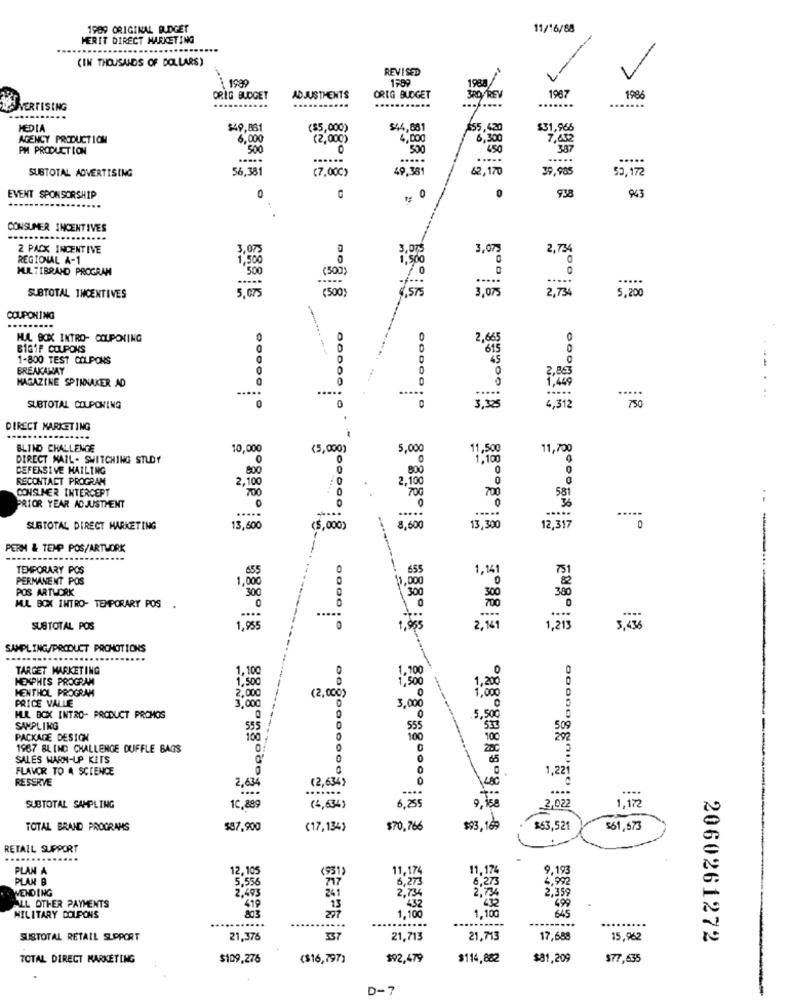
1989 ORIGINAL BUDGET
11/16/88
MERIT DIRECT MARKETING
(IN THOUSANDS OF DOLLARS)
REVISED
1989
1599
1988
ORIG BUDGET
ADJUSTMENTS
ORIG BUDGET
3RD REV
.......
1987
1986
VERTISING
MEDIA
$49,881
($5,000)
$44,881
$55,420
$31,966
AGENCY PRODUCTION
6,000
(2,000)
4,000
6,300
7,652
PM PRODUCTION
500
500
387
.....
.....
.....
SUBTOTAL ADVERTISING
56,381
(7.000)
49.381
62.120
39.985
53.172
938
943
EVENT SPONSORSHIP
0
CONSUMER INCENTIVES
2 PACX INCENTIVE
3,07
3,07
3,075
2,734
REGIONAL A-1
1,500
MULTIBRAND PROGRAM
(500)
'500
70
.....
5,075
(500
3,075
2,734
5,200
SUBTOTAL INCENTIVES
COUPONING
HUL. BOX INTRO- COUPONING
O
0
0
2.665
BIG1F COUPONS
0
615
0
1-800 TEST COLPONS
45
BREAKAWAY
0
2,863
0
0
1,449
MAGAZINE SPINNAKER AD
....
..
SUBTOTAL COLPOWING
00000 10
3,38
4,312
.
DIRECT MARKETING
BLIND CHALLENGE
10,000
(5,000)
5.000
11,500
11,700
DIRECT MAIL- SWITCHING STUDY
0
DEFENSIVE MAILING
800
800
0
RECONTACT PROGRAM
,100
2.100
CONSUMER INTERCEPT
700
700
700
581
36
PRIOR YEAR ADJUSTMENT
.....
.....
.....
SUBTOTAL DIRECT MARKETING
13,600
(5,000)
8,60
13,300
12,317
0
PERM & TEMP POS/ARTWORK
....
TEMPORARY POS
655
0
655
1,14
PERMANENT POS
1,000
0
--
POS ARTWORK
300
1. 000
380
0
MUL BOX INTRO- TEMPORARY POS
0
.....
SUBTOTAL POS
1,95
2,161
1,213
3,435
SAMPLING/PRODUCT PROMOTIONS
MIMOBH888 88
TARGET MARKETING
1,100
HEXPHIS PROGRAM
HENTHOL PROGRAM
1,500
1,500
1,20
PRICE VALLE
2,000
(2,000)
3,000
3,000
MUL BOX INTRO- PRODUCT PROMOS
SAMPLING
0
555
509
PACKAGE DESIGN
100
1967 BLIND CHALLENGE DUFFLE BAGS
28
SALES WARM-UP KITS
FLAVOR TO 4 SCIENCE
0
RESERVE
(2,634)
1,221
2,634
.......
....
....
6.285
SUBTOTAL SAMPLING
10,889
(4,63%)
2,022
1,172
TOTAL BRAND PROGRAMS
$87,900
(17,134)
$70,766
$3.100
$63,521
$61 , 673
RETALL SUPPORT
PLAN A
12, 105
(931)
11,174
9,193
PLAN B
6,273
6,273
4.992
WENDING
5,556
2,734
2,359
2,493
499
ALL OTHER PAYMENTS
419
13
297
1.100
432
1.100
645
MILITARY COUPONS
...........
......----
........
SUSTOTAL RETAIL SUPPORT
21,376
337
21,713
21.713
17,688
15,962
2060261272
TOTAL DIRECT MARKETING
$109.276
($16,797)
$92,479
$114,882
$81,209
$77,635
D-7